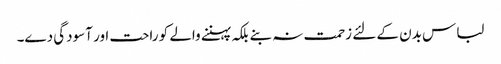
لباس بدن کے لئے زحمت نہ بنے بلکہ پہننے والے کو راحت اور آسودگی دے۔